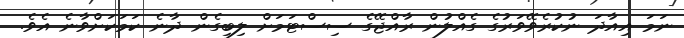
ނަމަ އިއާދަ ނުކުރެވޭވަރުގެ ގެއްލުން ރާއްޖޭގެ ސިސްޓަމަށް ލިބިގެން ދާނެ ކަމަކަށްވާނެ އެވެ.